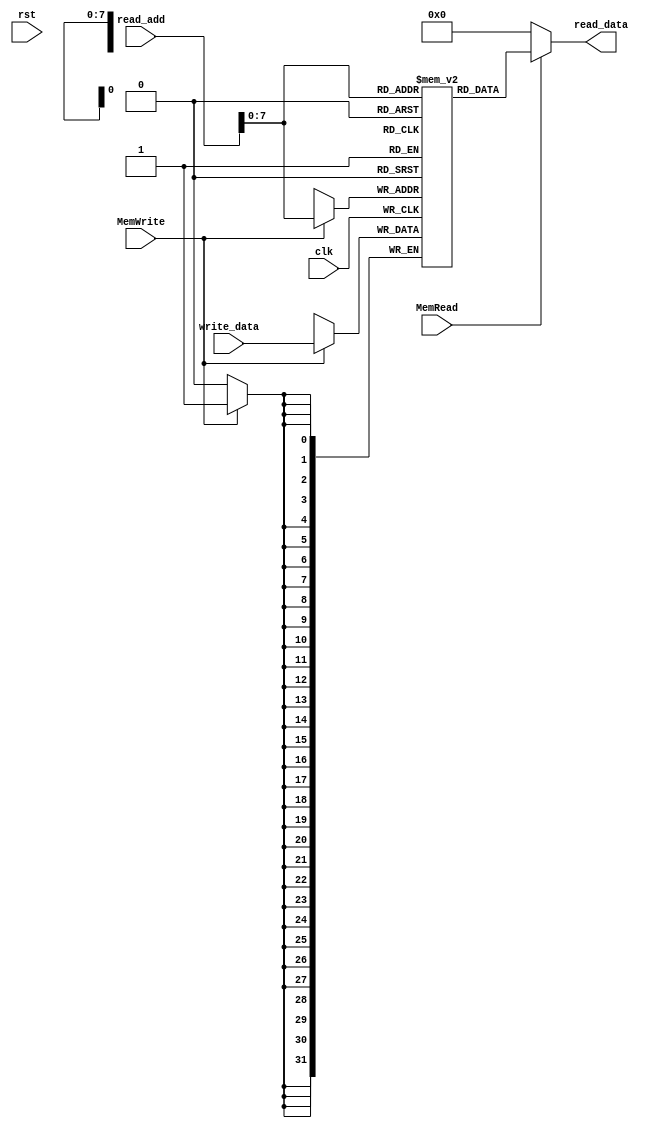
`timescale 1ns / 1ps
//////////////////////////////////////////////////////////////////////////////////
// Company: 
// Engineer: 
// 
// Design Name: 
// Module Name: DATA_MEM
// Project Name: 
// Target Devices: 
// Tool Versions: 
// Description: 
// 
// Dependencies: 
// 
// Revision:
// Revision 0.01 - File Created
// Additional Comments:
// 
//////////////////////////////////////////////////////////////////////////////////


module DATA_MEM(clk, rst, read_add, write_data, read_data, MemWrite, MemRead);
    input clk, rst, MemWrite, MemRead;
    input [31:0] read_add, write_data;
    output [31:0] read_data;
    reg [31:0] data_mem [255:0];
    
    assign read_data = (MemRead)? data_mem[read_add] : 32'b0000_0000_0000_0000_0000_0000_0000_0000;

    integer i;
    initial begin
        for(i = 0; i <= 255; i = i + 1)
            data_mem[i] <= 32'b0000_0000_0000_0000_0000_0000_0000_0000;
        
        data_mem[1] <= 32'b0000_0000_0000_0000_0000_0000_0000_0001;
        data_mem[2] <= 32'b0000_0000_0000_0000_0000_0000_0000_1011;
    
    end
    
    always @(posedge clk) begin
        if(MemWrite == 1'b1) begin
                data_mem[read_add] <= write_data;
        end
    end
    
endmodule